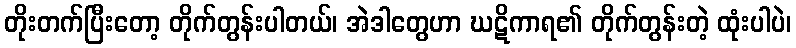
တိုးတက်ပြီးတော့ တိုက်တွန်းပါတယ်၊ အဲဒါတွေဟာ ဃဋိကာရ၏ တိုက်တွန်းတဲ့ ထုံးပါပဲ၊